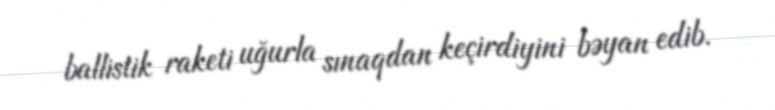
ballistik raketi uğurla sınaqdan keçirdiyini bəyan edib.